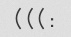
:)))